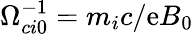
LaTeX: \Omega_{ci0}^{-1}=m_{i}c/\mathrm{e}B_{0}